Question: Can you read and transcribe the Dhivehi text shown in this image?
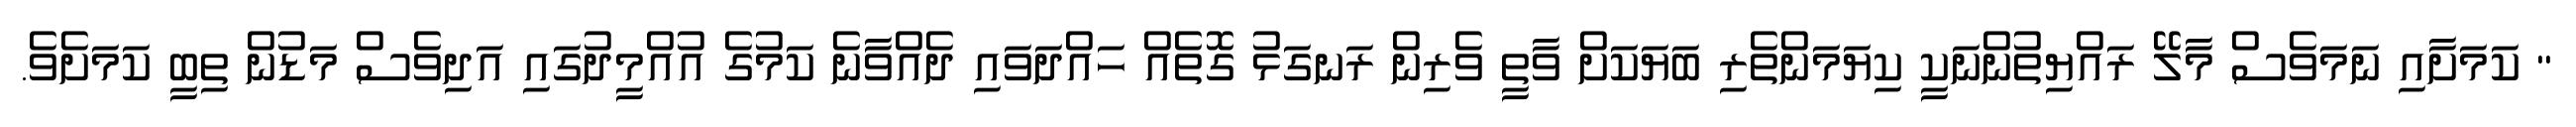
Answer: " ކަމަށާއި ނަމަވެސް މާލޭ ރައްޔިތުންނަކީ ކިޔަމަންތެރި ބަޔަކަށް ވާތީ ވެރިން ރަނގަޅު ގޮތެއް ހައްދަވައި ދެއްވާނެ ކަމުގެ އުއްމީދުގައި އަދިވެސް މަޑުން ތިބީ ކަމަށެވެ.